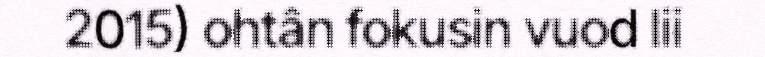
2015) ohtân fokusin vuod lii